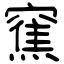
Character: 䆶